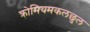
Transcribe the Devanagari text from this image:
क्रोमियमकलछुल